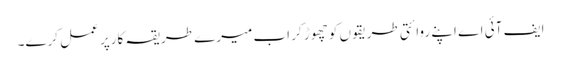
ایف آئی اے اپنے روائتی طریقوں کو چھوڑ کر اب میرے طریقہ کارپر عمل کرے۔